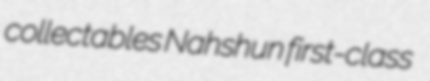
collectables Nahshun first-class